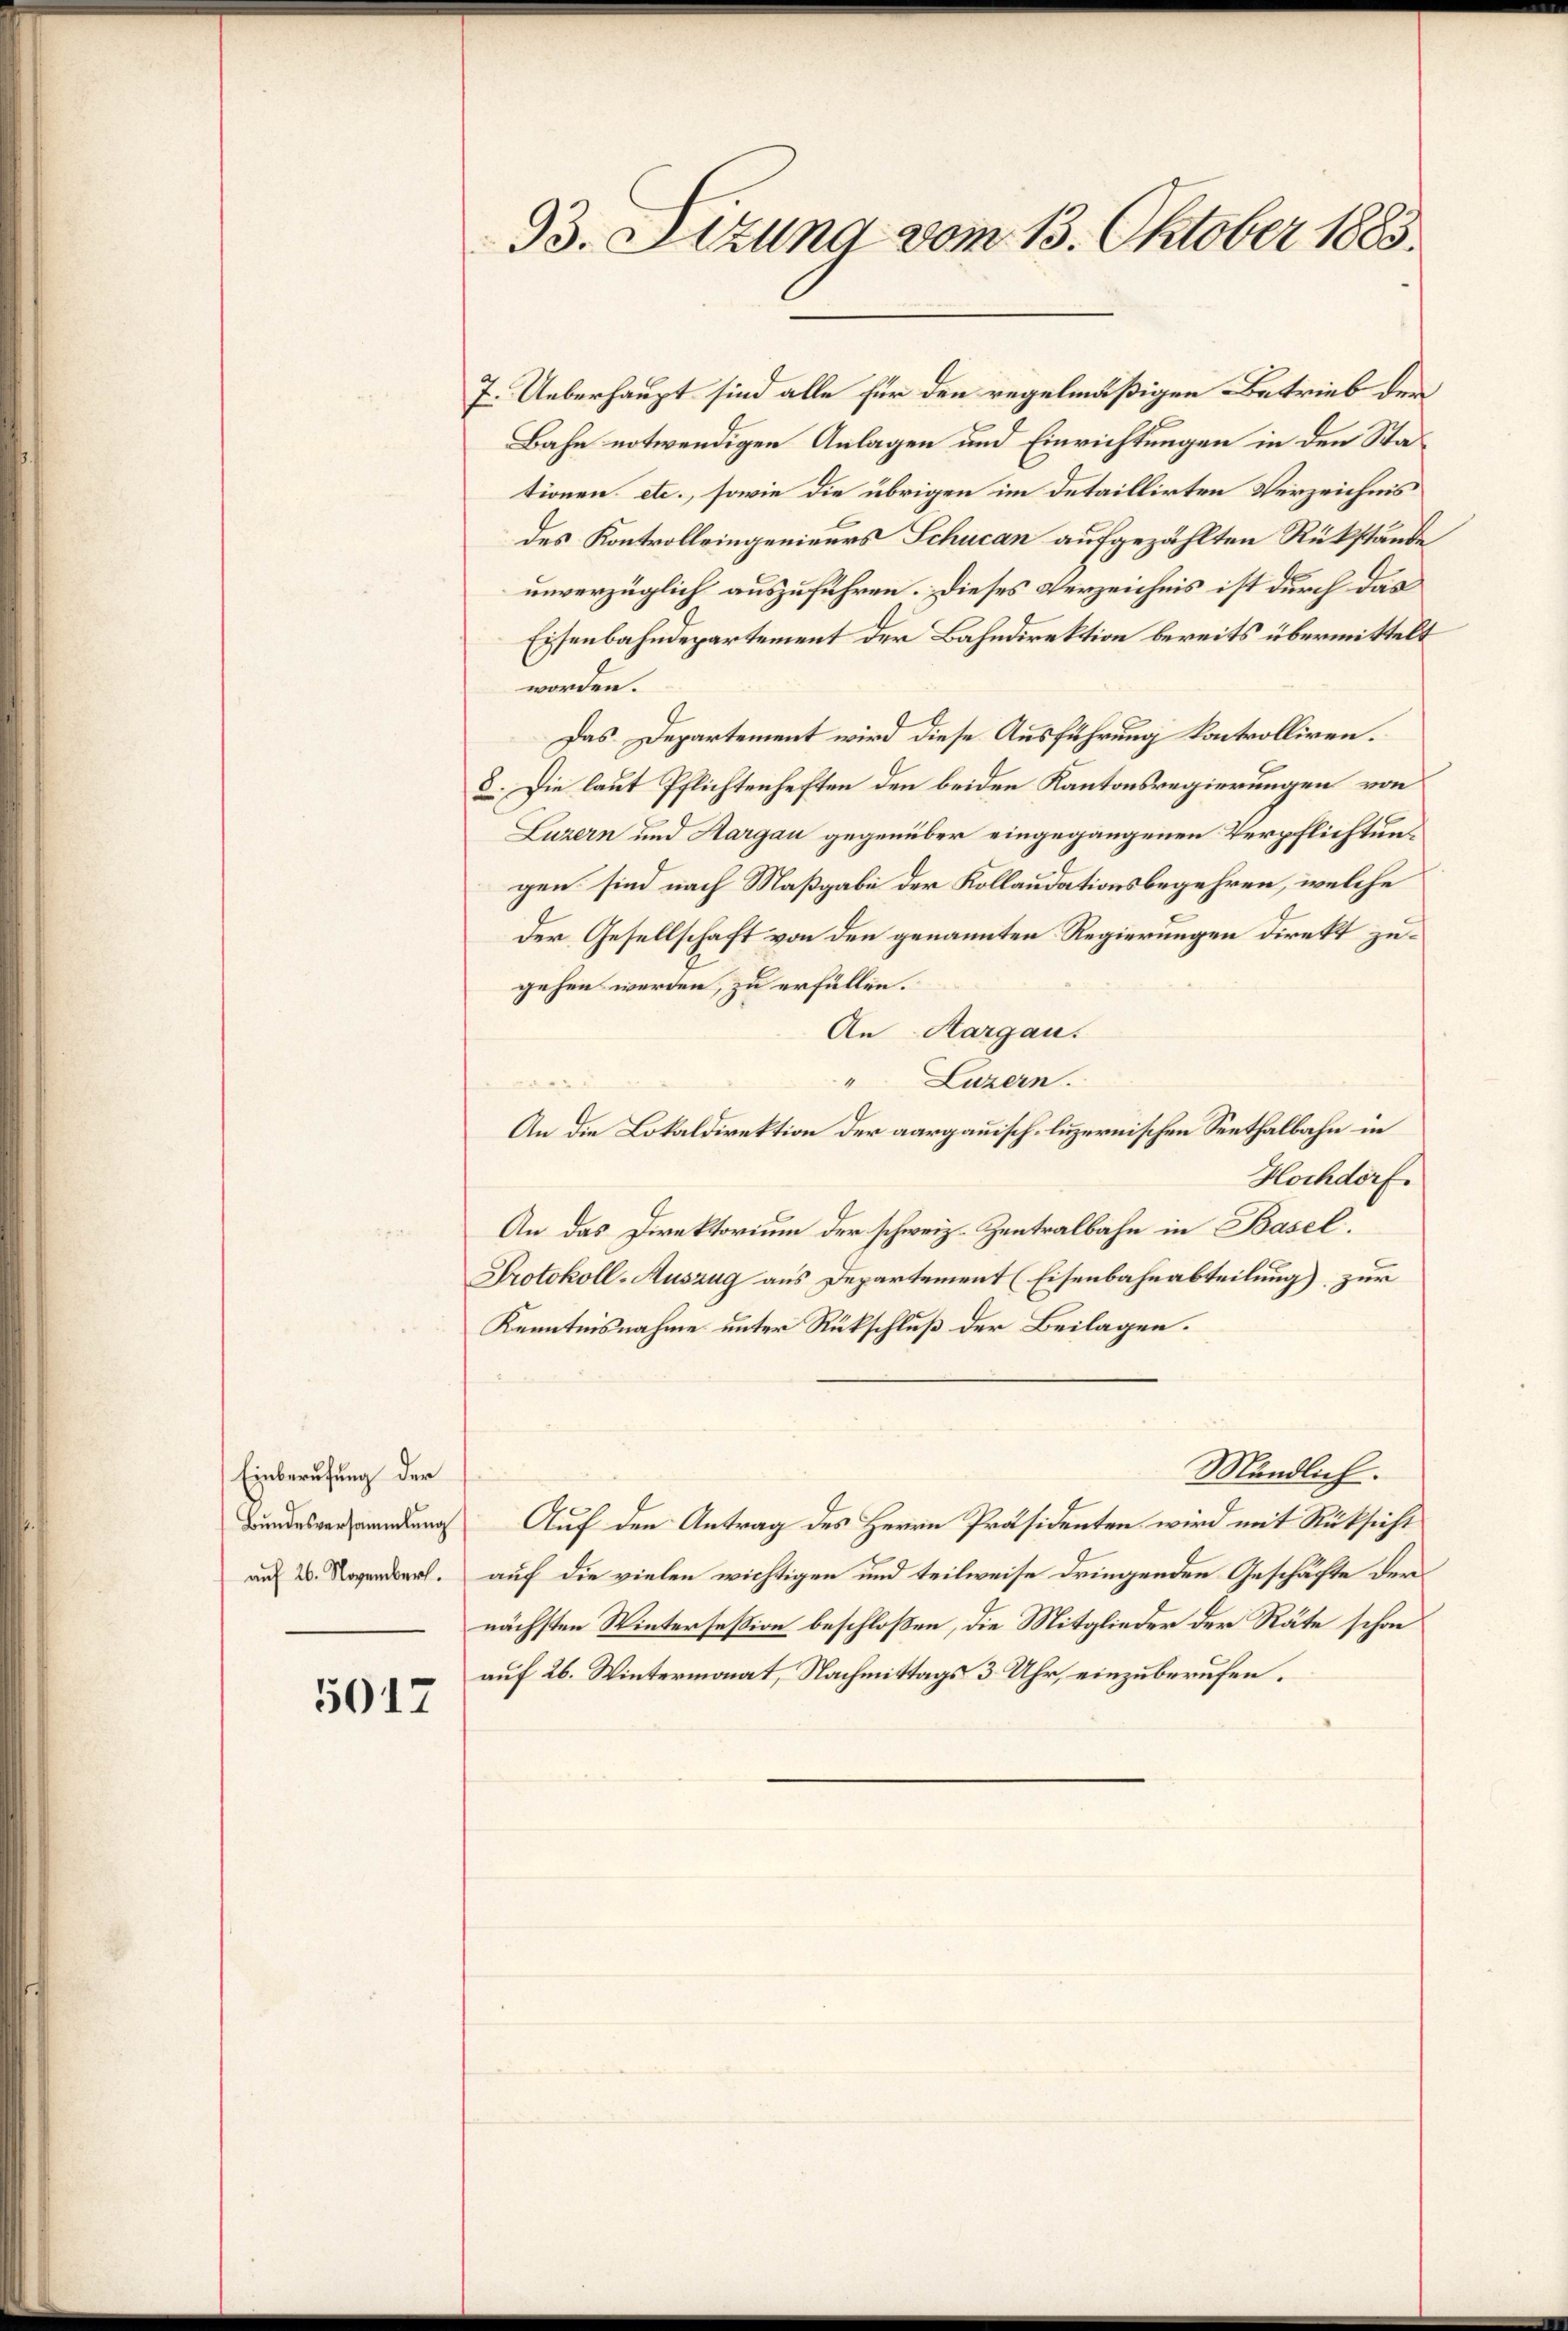
Einberufung der
Bundesversammlung
auf 26. November.

5012

93. Sizung vom 13. Oktober 1883.

7. Ueberhaupt sind alle für den regelmäßigen Betrieb der
Bahn notwendigen Anlagen und Einrichtungen in den Stationen etc., sowie die übrigen im Detaillirten Verzeichnis
des Kontrolleingenieurs Schucan aufgezählten Rükstände
unverzüglich auszuführen. Dieses Verzeichnis ist durch das
Eisenbahndepartement der Bahndirektion bereits übermittelt
worden.
Das Departement wird diese Ausführung kontrolliren.
5. Die laut Pflichtenheften den beiden Kantonsregierungen von
Luzern und Aargau gegenüber eingegangenen Verpflichtungen sind nach Maßgabe der Kollaudationsbegehren, welche
der Gesellschaft von den genannten Regierungen direkt zugehen werden, zu erfüllen.
An Aargau.
4
Luzern.
An die Lokaldirektion der aargauisch-luzernischen Seethalbahn in
Hochdorf.
An das Direktorium der schweiz. Zentralbahn in Basel.
Protokoll-Auszug aus Departement (Eisenbahnabteilung) zur
Kenntnisnahme unter Rückschluß der Beilagen.
Mändlich.
Auf den Antrag des Herrn Präsidenten wird mit Rücksicht
auf die vielen wichtigen und teilweise dringenden Geschäfte der
nächsten Wintersession beschloßen, die Mitglieder der Räte schon
auf 26. Wintermonat, Nachmittags 3 Uhr, einzuberufen.